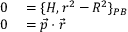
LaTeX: \begin{array} { r l } { 0 } & { { } = \{ H , r ^ { 2 } - R ^ { 2 } \} _ { P B } } \\ { 0 } & { { } = { \vec { p } } \cdot { \vec { r } } } \end{array}